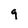
Character: 9